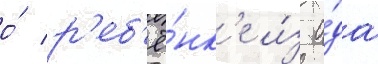
о́ р'еб'ё́нк'е и́з а́да